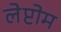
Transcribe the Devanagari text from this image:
लेप्टोम